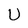
Character: U